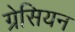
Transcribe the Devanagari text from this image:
ग्रेसियन